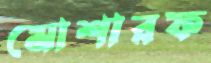
মোশারফ